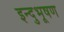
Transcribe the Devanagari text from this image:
इन्दुभूषण